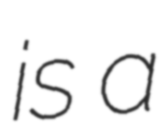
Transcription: is a